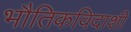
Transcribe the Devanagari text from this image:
भौतिकविदाशी